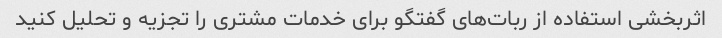
اثربخشی استفاده از ربات‌های گفتگو برای خدمات مشتری را تجزیه و تحلیل کنید